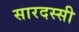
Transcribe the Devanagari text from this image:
सारदस्सी